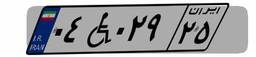
۰۴W۰۲۹۲۵